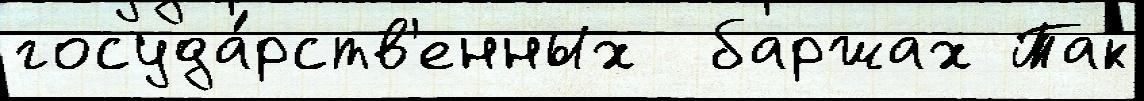
госуда́рств'енных  баржах Так